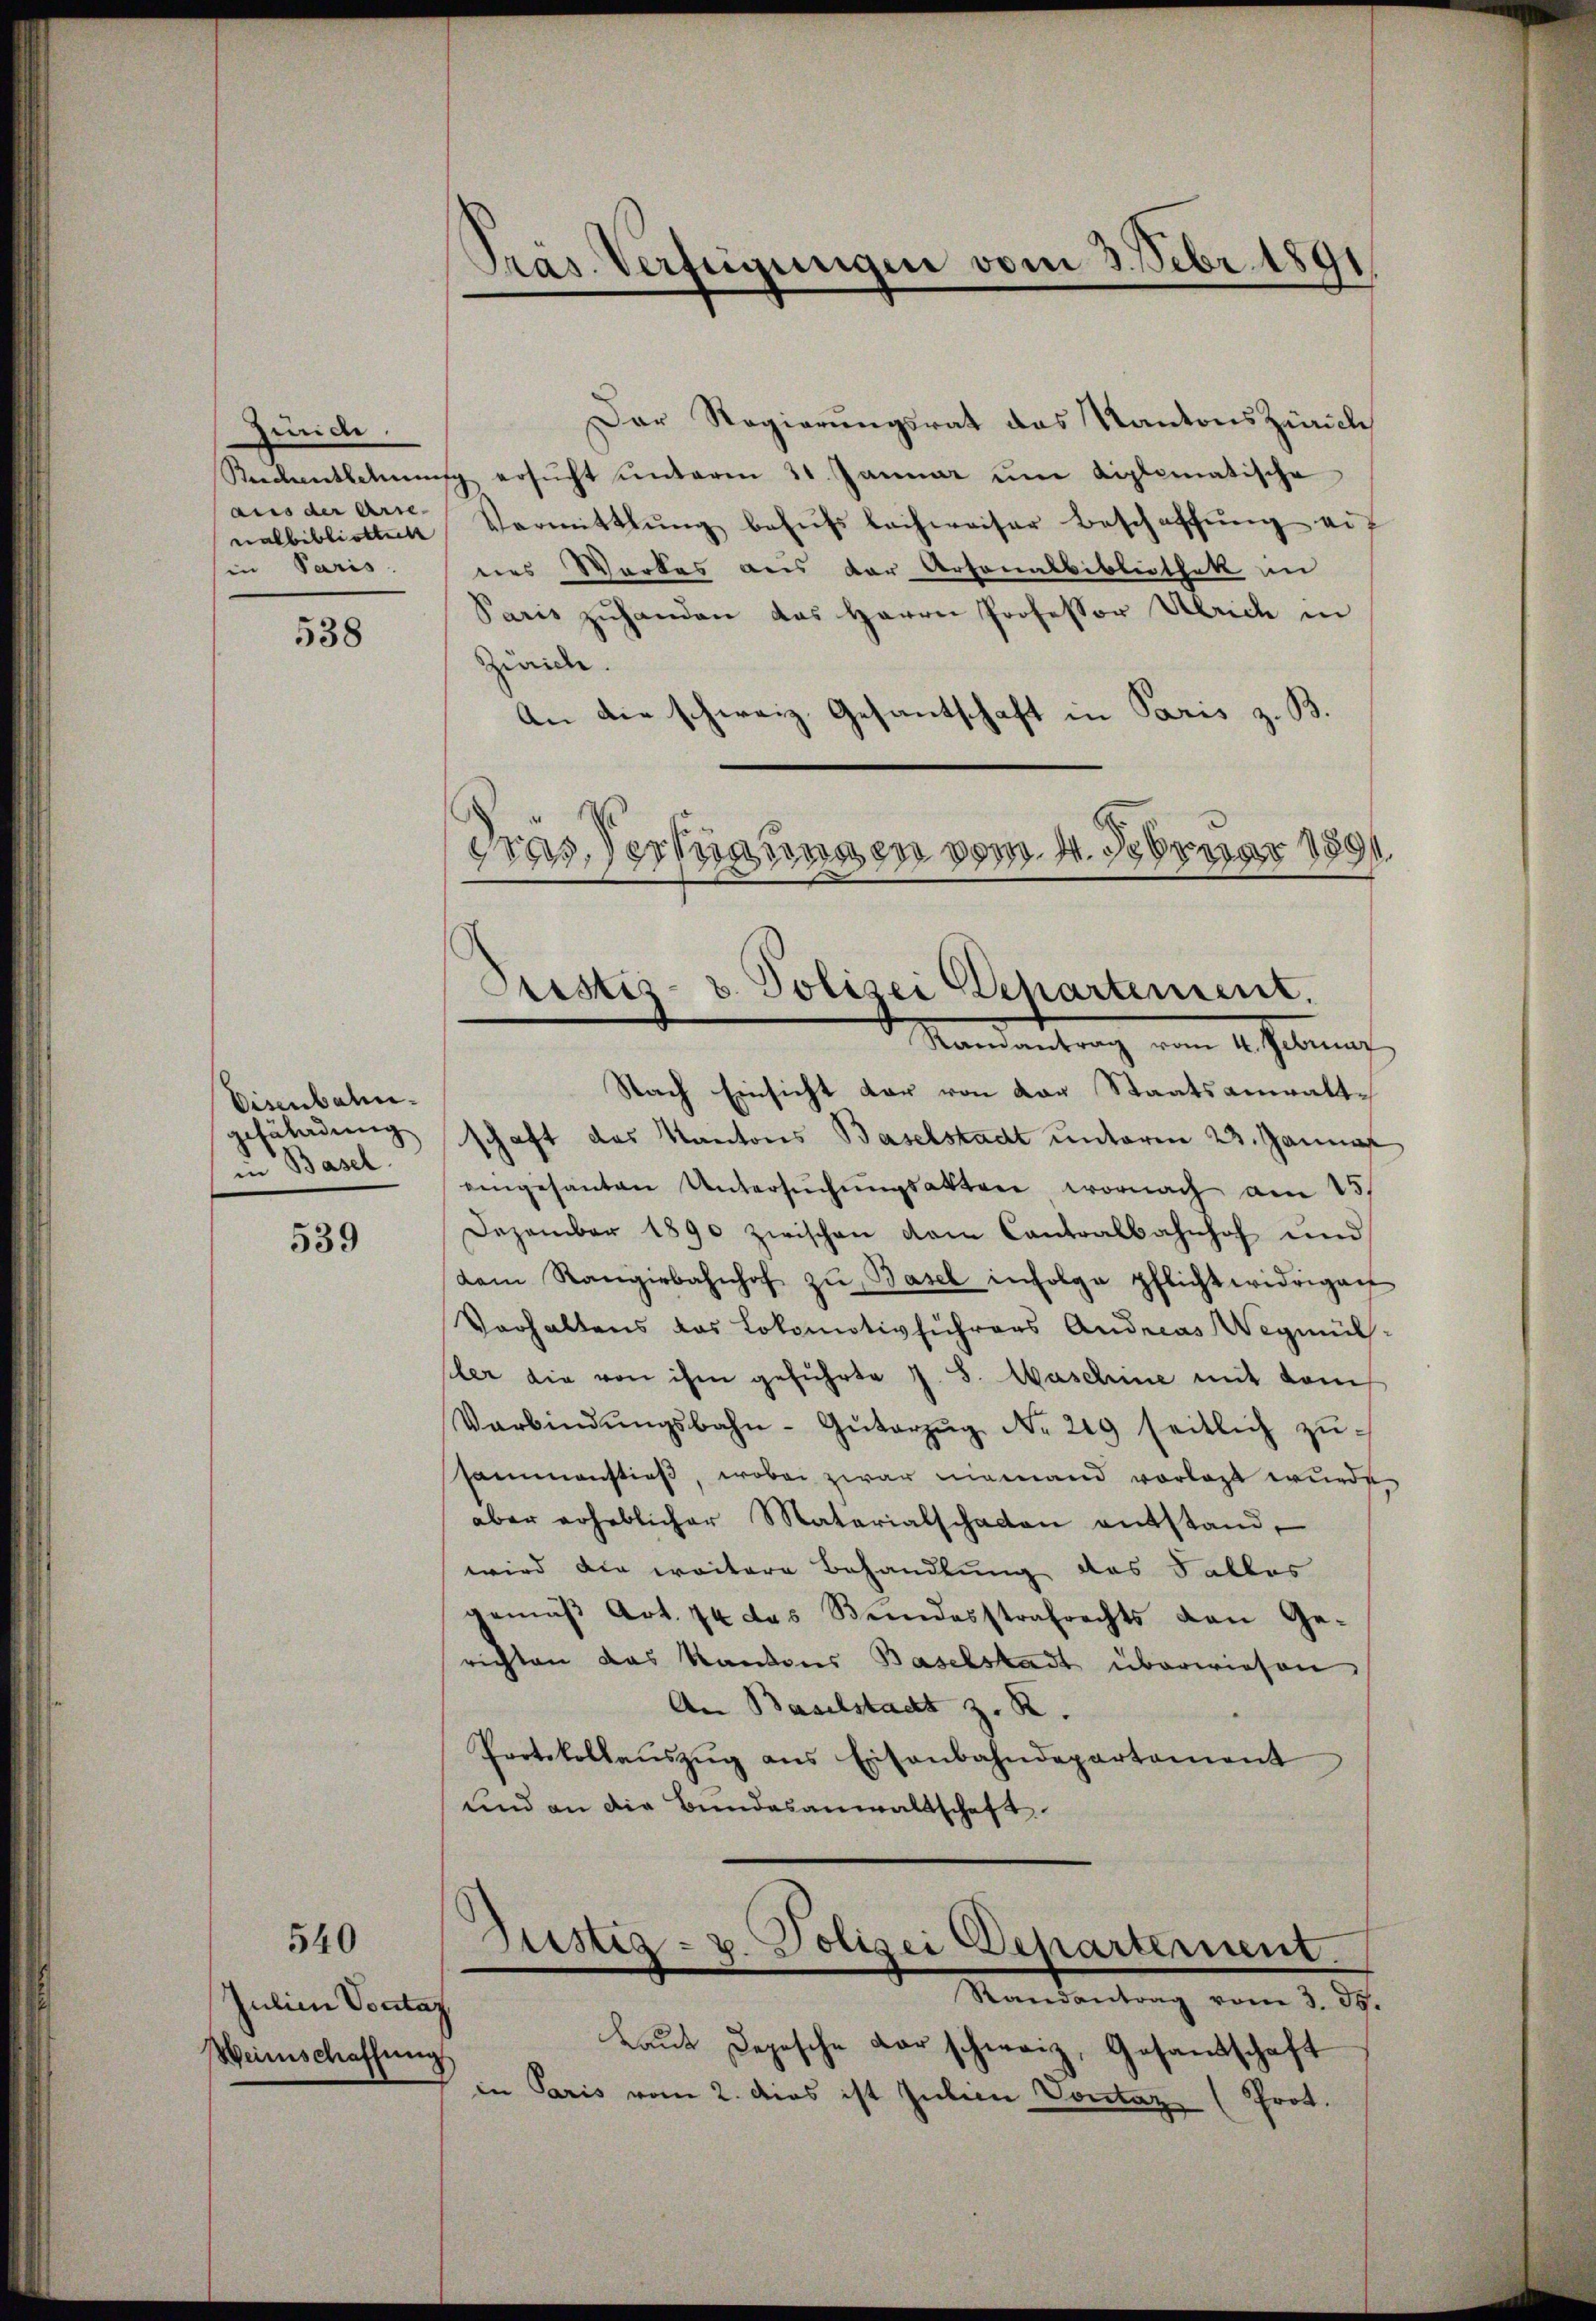
Zürich
nalbibliotheck
in Paris.

538

Eisenbahngefährdung
in Basel.

539

540

Julien Vorstat
Weinschaffung

Präs. Verfügungen vom 3. Febr. 1891

Der Regierungsrat das Kantons Zürich
Reedentlehnŭng ersŭcht ŭnterm 31. Januar um diplomatische
aus der arre Vermitthŭng behŭfs lachweiser Beschaffŭng auf
nes Werkes aus der Arsonalbibliothek in
Sacis zuhanden das Herrn Professor Ulrich in
Zürich.
An die schweiz. Gesantschaft in Paris z. B.
Tras. Verfügungen vom 4. Februar 1891

Randantrag vom 4. Februnz
Nach Einsicht dar von der Staatsanwaltschaft das Kantons Baselstadt unterm 23. Januar
dengesanten Untersŭchŭngsakten wornach am 15.
Dezember 1890 zwischen vom Cantoalbahnhof und
dem Rangirbahnhof zŭ, Basel infolge pflichtwidrigen
Vorhaltens das Lokomotivführers Andreas Wegmül-
sler die von ihm geführte J. S. Maschine mit dem
Verbindŭngsbahn-Gŭtarzŭg No. 219 seitlich zussammenstieß, wobei zwar niemand vorlegt wurde,
aber erheblicher Materialschaden entstand,
wird die weitere Behandlung des Falles
gemäβ Art. 74 das Bundesstrafrechts von Ge-
richten das Kantons Baselstadt überwiesen.
An Baselstadt z. R.
Protokollaŭszŭg ans Eisenbahndepartament
und an die Bundesanwaltschaft.

Justiz- & Polizei Departement.

Justiz- u. Polizei Departement.
Randantrag vom 3. ds.

Laŭt Depesche der schweiz, Gesandschaft
in Paris vom 2. dies ist Julien Vorstar
 (Prot.